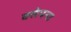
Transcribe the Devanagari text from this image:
क्सेपना